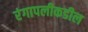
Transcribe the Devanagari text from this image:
रंगापलीकडील